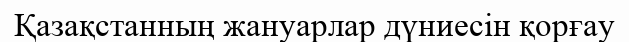
Қазақстанның жануарлар дүниесін қорғау